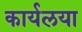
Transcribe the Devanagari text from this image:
कार्यलया